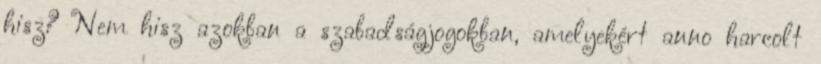
hisz? Nem hisz azokban a szabadságjogokban, amelyekért anno harcolt